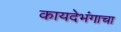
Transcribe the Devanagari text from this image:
कायदेभंगाचा